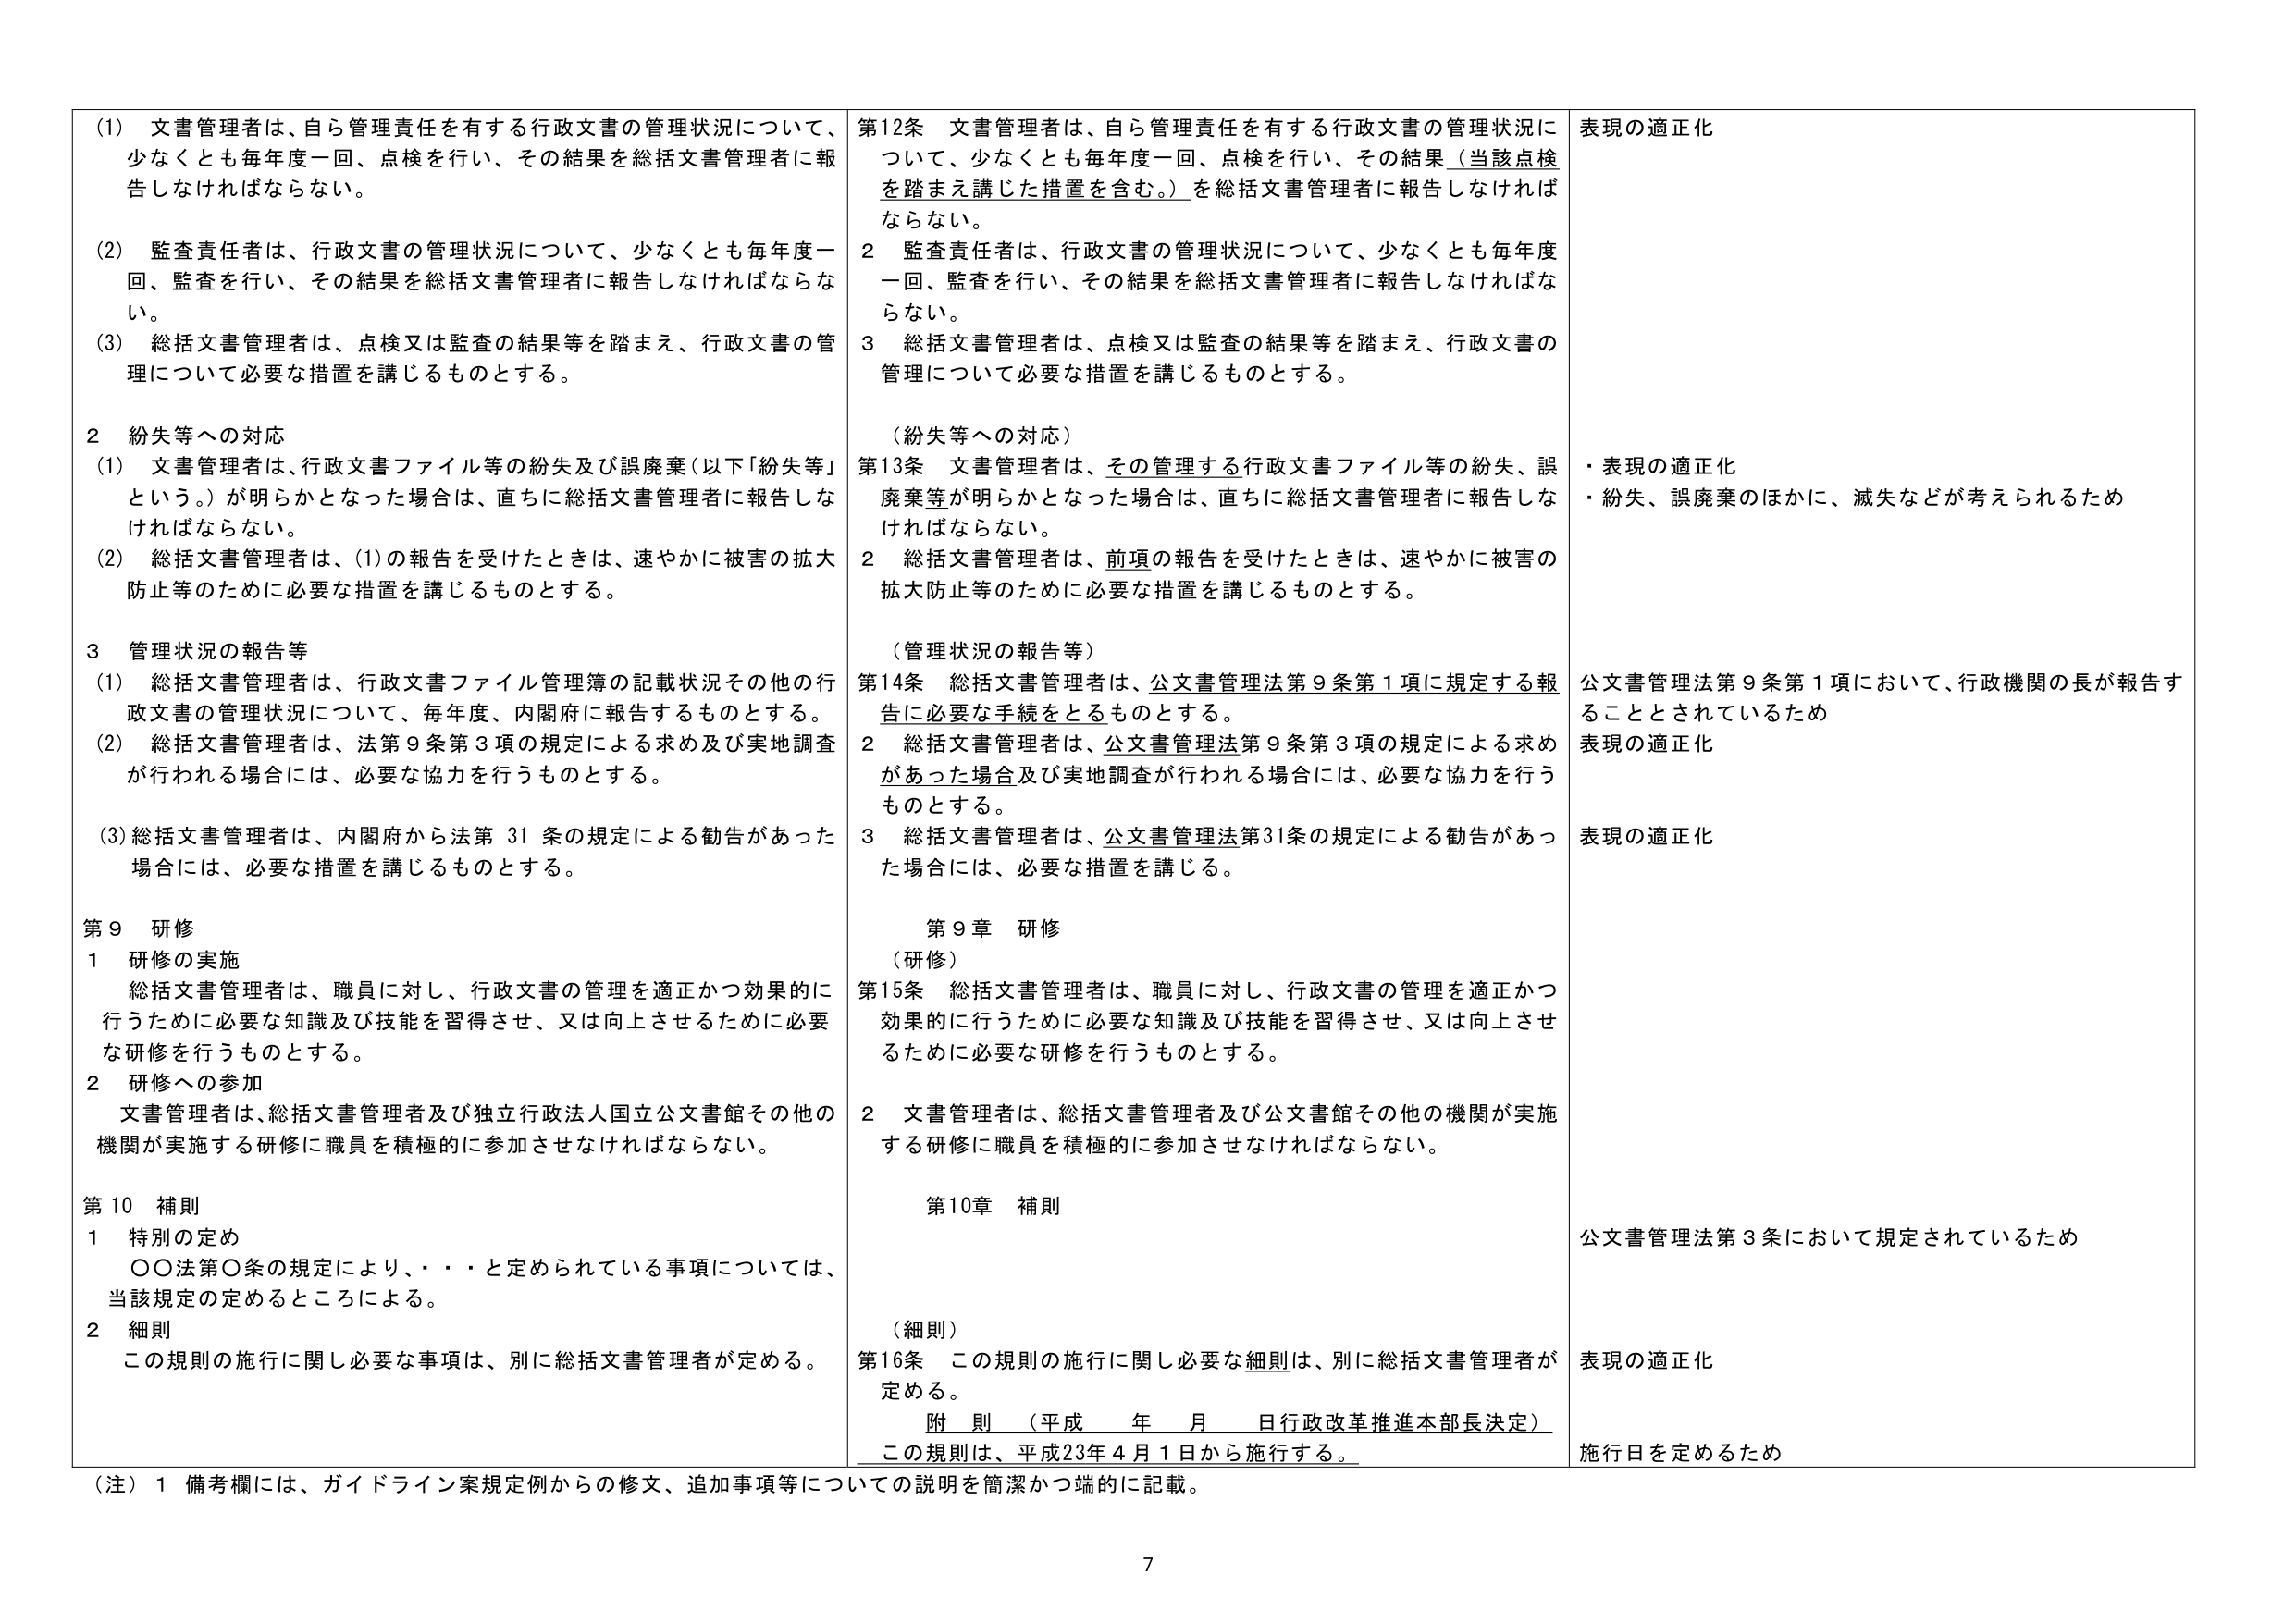
(1) 文書管理者は、自ら管理責任を有する行政文書の管理状況について、少なくとも毎年度一回、点検を行い、その結果を総括文書管理者に報告しなければならない。

(2) 監査責任者は、行政文書の管理状況について、少なくとも毎年度一回、監査を行い、その結果を総括文書管理者に報告しなければならない。

(3) 総括文書管理者は、点検又は監査の結果等を踏まえ、行政文書の管理について必要な措置を講じるものとする。

2 紛失等への対応

(1) 文書管理者は、行政文書ファイル等の紛失及び誤廃棄（以下「紛失等」という。）が明らかとなった場合は、直ちに総括文書管理者に報告しなければならない。

(2) 総括文書管理者は、(1)の報告を受けたときは、速やかに被害の拡大防止等のために必要な措置を講じるものとする。

3 管理状況の報告等

(1) 総括文書管理者は、行政文書ファイル管理簿の記載状況その他の行政文書の管理状況について、毎年度、内閣府に報告するものとする。

(2) 総括文書管理者は、法第9条第3項の規定による求め及び実地調査が行われる場合には、必要な協力を行うものとする。

(3) 総括文書管理者は、内閣府から法第31条の規定による勧告があった場合には、必要な措置を講じるものとする。

第9 研修

1 研修の実施

総括文書管理者は、職員に対し、行政文書の管理を適正かつ効果的に行うために必要な知識及び技能を習得させ、又は向上させるために必要な研修を行うものとする。

2 研修への参加

文書管理者は、総括文書管理者及び独立行政法人国立公文書館その他の機関が実施する研修に職員を積極的に参加させなければならない。

第10 補則

1 特別の定め

○○法第○条の規定により、・・・と定められている事項については、当該規定の定めるところによる。

2 細則

この規則の施行に関し必要な事項は、別に総括文書管理者が定める。

第12条 文書管理者は、自ら管理責任を有する行政文書の管理状況について、少なくとも毎年度一回、点検を行い、その結果（当該点検を踏まえ講じた措置を含む。）を総括文書管理者に報告しなければならない。

2 監査責任者は、行政文書の管理状況について、少なくとも毎年度一回、監査を行い、その結果を総括文書管理者に報告しなければならない。

3 総括文書管理者は、点検又は監査の結果等を踏まえ、行政文書の管理について必要な措置を講じるものとする。

（紛失等への対応）

第13条 文書管理者は、その管理する行政文書ファイル等の紛失、誤廃棄等が明らかとなった場合は、直ちに総括文書管理者に報告しなければならない。

2 総括文書管理者は、前項の報告を受けたときは、速やかに被害の拡大防止等のために必要な措置を講じるものとする。

（管理状況の報告等）

第14条 総括文書管理者は、公文書管理法第9条第1項に規定する報告に必要な手続をとるものとする。

2 総括文書管理者は、公文書管理法第9条第3項の規定による求めがあった場合及び実地調査が行われる場合には、必要な協力を行うものとする。

3 総括文書管理者は、公文書管理法第31条の規定による勧告があった場合には、必要な措置を講じる。

第9章 研修

（研修）

第15条 総括文書管理者は、職員に対し、行政文書の管理を適正かつ効果的に行うために必要な知識及び技能を習得させ、又は向上させるために必要な研修を行うものとする。

2 文書管理者は、総括文書管理者及び公文書館その他の機関が実施する研修に職員を積極的に参加させなければならない。

第10章 補則

（細則）

第16条 この規則の施行に関し必要な細則は、別に総括文書管理者が定める。

附 則 （平成 年 月 日行政改革推進本部長決定）

この規則は、平成23年4月1日から施行する。

（注）1 備考欄には、ガイドライン案規定例からの修文、追加事項等についての説明を簡潔かつ端的に記載。

表現の適正化

・表現の適正化

・紛失、誤廃棄のほかに、滅失などが考えられるため

公文書管理法第9条第1項において、行政機関の長が報告することとされているため

表現の適正化

表現の適正化

公文書管理法第3条において規定されているため

表現の適正化

施行日を定めるため

7